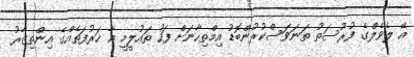
އޭ ލެވެލްގެ ފުރުސަތު ތަނަވަސްކުރުންބޮޑު އިމްތިހާނަށް ފަހު ތައުލީމީ އާ ހަރުފަތެއްގެ އިންތިޒާރު